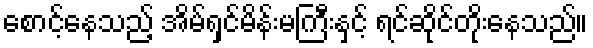
စောင့်နေသည့် အိမ်ရှင်မိန်းမကြီးနှင့် ရင်ဆိုင်တိုးနေသည်။